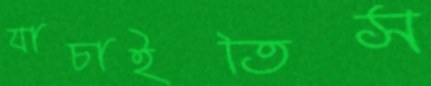
যাচাইতিস